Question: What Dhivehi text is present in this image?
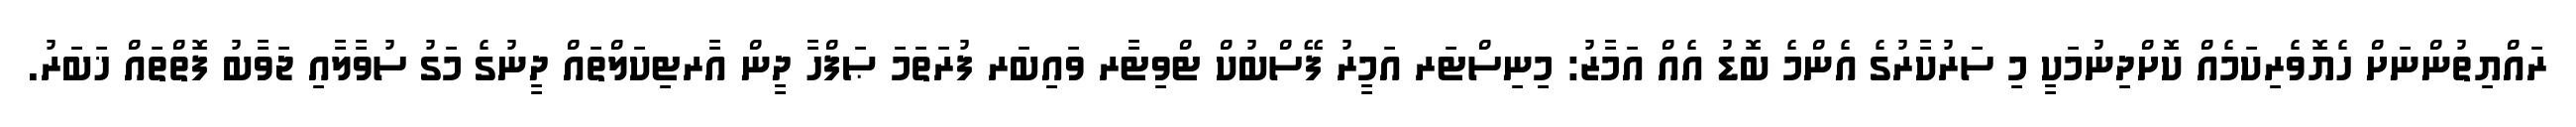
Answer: ރައްޔިތުންނަށް ހެޔޮވެރިކަމެއް ކޮށްދިނުމަކީ މި ސަރުކާރުގެ އެންމެ ބޮޑު އެއް އަމާޒު: މިނިސްޓަރ އަމީރު ފޭސްބުކް ޓްވިޓާރ ވައިބަރ ފުރަތަމަ ޞަފްހާ ދީން އާރޓިކަލްތައް ދީނުގެ މަގު ސުވާލާއި ޖަވާބު ފޮތްތައް ޚަބަރު.